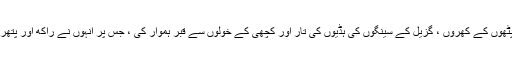
اس کے بعد انہوں نے چونے کے پتھر کے ٹکڑوں ، پٹھوں کے کھروں ، گزیل کے سینگوں کی ہڈیوں کی تار اور کچھی کے خولوں سے قبر ہموار کی ، جس پر انہوں نے راکھ اور پتھر کے چپکے اوزاروں کی ایک پرت ڈھانپ رکھی ہے۔